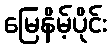
မြေနိမ့်ပိုင်း